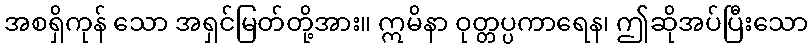
အစရှိကုန် သော အရှင်မြတ်တို့အား။ ဣမိနာ ဝုတ္တပ္ပကာရေန၊ ဤဆိုအပ်ပြီးသော